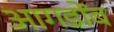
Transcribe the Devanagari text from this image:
आगडोंब